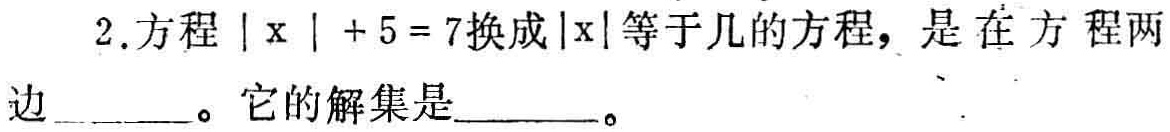
2.方程\(\vert x\vert + 5 = 7\)换成\(\vert x\vert\)等于几的方程，是在方程两边______。它的解集是______。